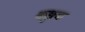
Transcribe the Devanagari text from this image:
कछुक